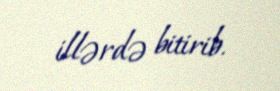
illərdə bitirib.